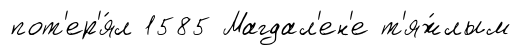
пот'ер'я́л 1585 Магдал'ен'е т'яж́лым